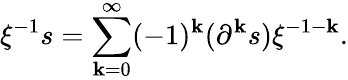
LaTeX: \xi^{-1}s=\sum_{\mathbf{k}=0}^{\infty}(-1)^{\mathbf{k}}(\partial^{\mathbf{k}}s)\xi^{-1-\mathbf{k}}.